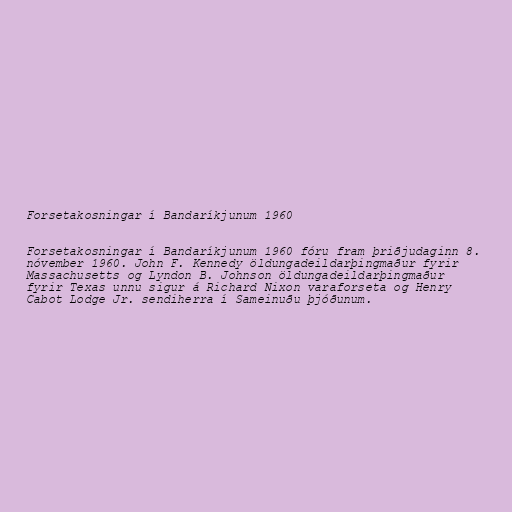
Forsetakosningar í Bandaríkjunum 1960

Forsetakosningar í Bandaríkjunum 1960 fóru fram þriðjudaginn 8.
nóvember 1960. John F. Kennedy öldungadeildarþingmaður fyrir
Massachusetts og Lyndon B. Johnson öldungadeildarþingmaður
fyrir Texas unnu sigur á Richard Nixon varaforseta og Henry
Cabot Lodge Jr. sendiherra í Sameinuðu þjóðunum.